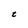
Character: t